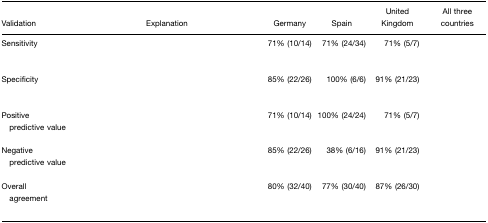
<table><thead><tr><td><b>Validation</b></td><td><b>Explanation</b></td><td><b>Germany</b></td><td><b>Spain</b></td><td><b>United Kingdom</b></td><td><b>All three countries</b></td></tr></thead><tbody><tr><td>Sensitivity</td><td>[EMPTY_CELL]</td><td>71% (10/14)</td><td>71% (24/34)</td><td>71% (5/7)</td><td>[EMPTY_CELL]</td></tr><tr><td>Specificity</td><td>[EMPTY_CELL]</td><td>85% (22/26)</td><td>100% (6/6)</td><td>91% (21/23)</td><td>[EMPTY_CELL]</td></tr><tr><td>Positive predictive value</td><td>[EMPTY_CELL]</td><td>71% (10/14)</td><td>100% (24/24)</td><td>71% (5/7)</td><td>[EMPTY_CELL]</td></tr><tr><td>Negative predictive value</td><td>[EMPTY_CELL]</td><td>85% (22/26)</td><td>38% (6/16)</td><td>91% (21/23)</td><td>[EMPTY_CELL]</td></tr><tr><td>Overall agreement</td><td>[EMPTY_CELL]</td><td>80% (32/40)</td><td>77% (30/40)</td><td>87% (26/30)</td><td>[EMPTY_CELL]</td></tr></tbody></table>